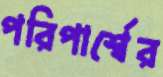
পরিপার্শ্বের